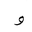
Letter: _waw